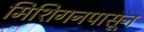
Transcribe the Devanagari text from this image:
मिशिगनपासून